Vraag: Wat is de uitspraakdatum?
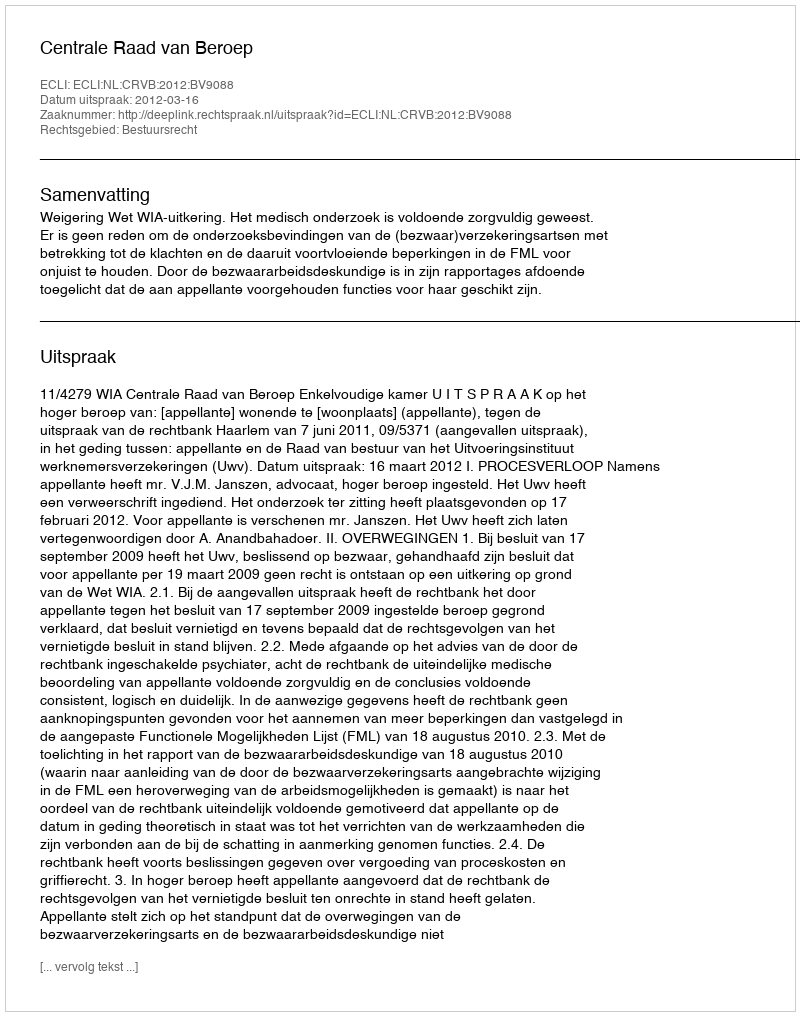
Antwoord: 2012-03-16